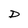
Character: D